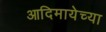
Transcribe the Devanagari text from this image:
आदिमायेच्या